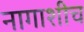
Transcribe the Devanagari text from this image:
नागाशीच